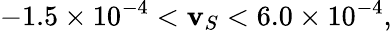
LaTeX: -1.5\times10^{-4}<\mathbf{v}_{S}<6.0\times10^{-4},